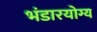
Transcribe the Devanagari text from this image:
भंडारयोग्य